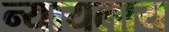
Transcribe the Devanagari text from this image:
न्यायलाय